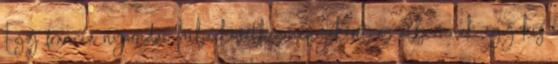
Egy francia nyomdai hiba következményeként az albumnak egy kis